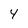
Character: 4